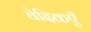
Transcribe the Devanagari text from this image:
वेदिकएँ